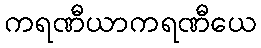
ကရဏီယာကရဏီယေ